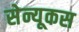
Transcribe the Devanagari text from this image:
सेन्यूकस